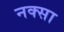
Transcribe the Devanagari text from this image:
नक्सा